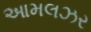
આમલઝર